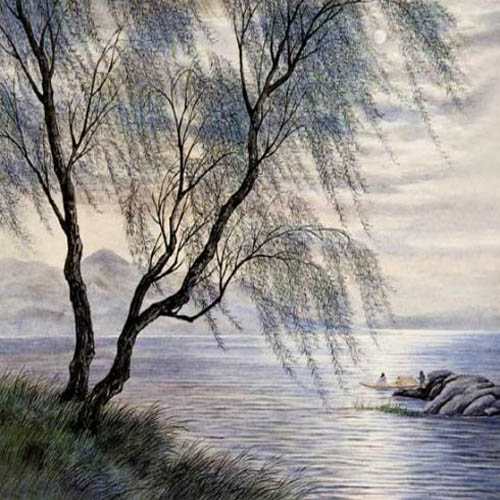
更深人去寂静，但照壁孤灯相映。